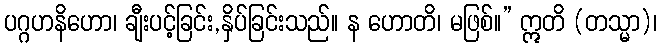
ပဂ္ဂဟနိဟော၊ ချီးပင့်ခြင်း,နှိပ်ခြင်းသည်။ န ဟောတိ၊ မဖြစ်။” ဣတိ (တသ္မာ)၊